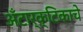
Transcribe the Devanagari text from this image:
अँटार्क्टिकाचे